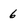
Character: 6